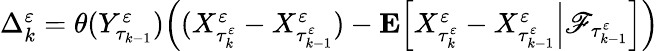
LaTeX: \begin{array}{r}{\Delta_{k}^{\varepsilon}=\theta(Y_{\tau_{k-1}}^{\varepsilon})\Big((X_{\tau_{k}^{\varepsilon}}^{\varepsilon}-X_{\tau_{k-1}^{\varepsilon}}^{\varepsilon})-\mathbf{E}\Big[X_{\tau_{k}^{\varepsilon}}^{\varepsilon}-X_{\tau_{k-1}^{\varepsilon}}^{\varepsilon}\Big|\mathscr{F}_{\tau_{k-1}^{\varepsilon}}\Big]\Big)}\end{array}